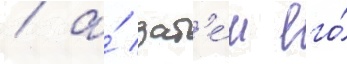
/ а́ зат'е́м его́